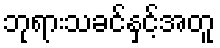
ဘုရားသခင်နှင့်အတူ